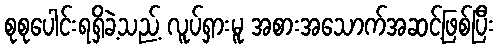
စုစုပေါင်းရရှိခဲ့သည့် လူပ်ရှားမူ အစားအသောက်အဆင့်ဖြစ်ပြီး